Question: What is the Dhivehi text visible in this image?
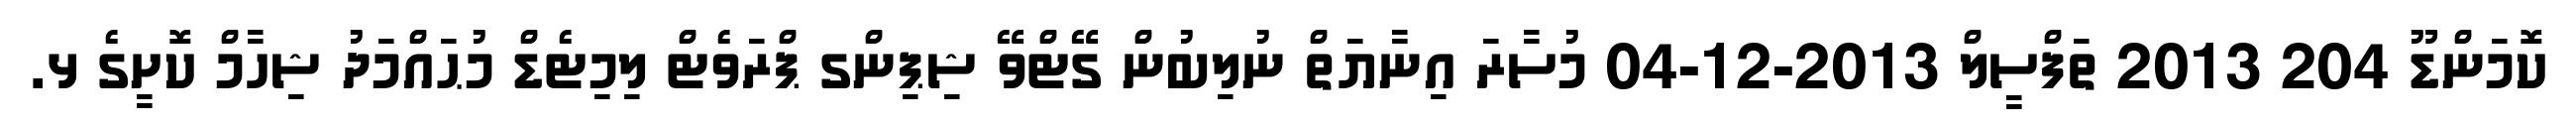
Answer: ކޮމަންޑޫ 204 2013 ތަފްސީލް 2013-12-04 މުސާރަ އިނާޔަތް ނުލިބުން ގޭޓްވޭ ޝިޕިންގ ޕްރަވެޓް ލިމިޓެޑް މުޙައްމަދު ޝިހާމް ކޮށީގެ ޅ.